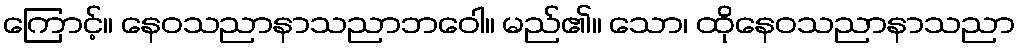
ကြောင့်။ နေဝသညာနာသညာဘဝေါ။ မည်၏။ သော၊ ထိုနေဝသညာနာသညာ